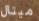
ميتال